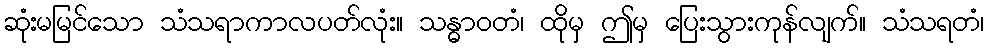
ဆုံးမမြင်သော သံသရာကာလပတ်လုံး။ သန္ဓာဝတံ၊ ထိုမှ ဤမှ ပြေးသွားကုန်လျက်။ သံသရတံ၊